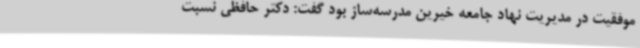
موفقیت در مدیریت نهاد جامعه خیرین مدرسه‌ساز بود گفت: دکتر حافظی نسبت